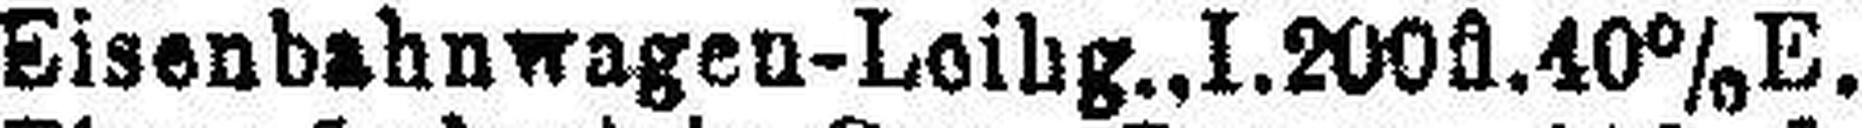
Eisenbahnwagen-Loihg.,I.200fl.40%E.